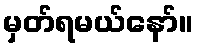
မှတ်ရမယ်နော်။